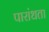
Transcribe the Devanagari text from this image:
पारांधता